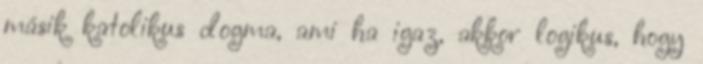
másik katolikus dogma, ami ha igaz, akkor logikus, hogy